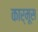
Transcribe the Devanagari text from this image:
कार्मूस